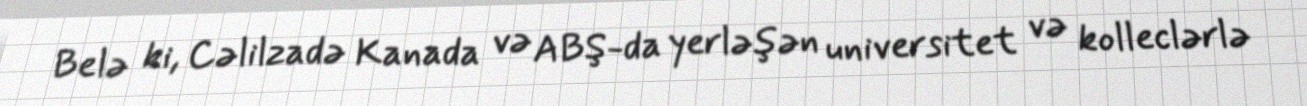
Belə ki, Cəlilzadə Kanada və ABŞ-da yerləşən universitet və kolleclərlə